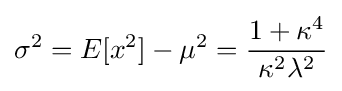
\sigma ^{2}=E[x^{2}]-\mu ^{2}={\frac {1+\kappa ^{4}}{\kappa ^{2}\lambda ^{2}}}